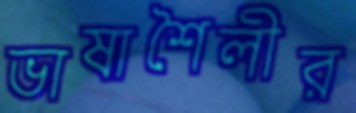
ভাষাশৈলীর